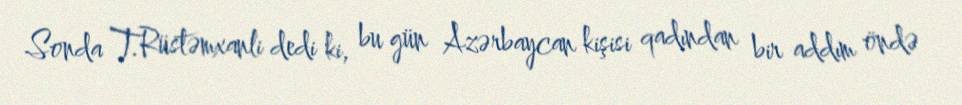
Sonda T.Rüstəmxanli dedi ki, bu gün Azərbaycan kişisi qadından bir addım öndə